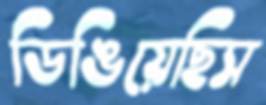
ডিঙিয়েছিস